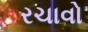
રચાવો